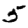
Digit: 5